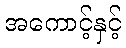
အကောင့်နှင့်